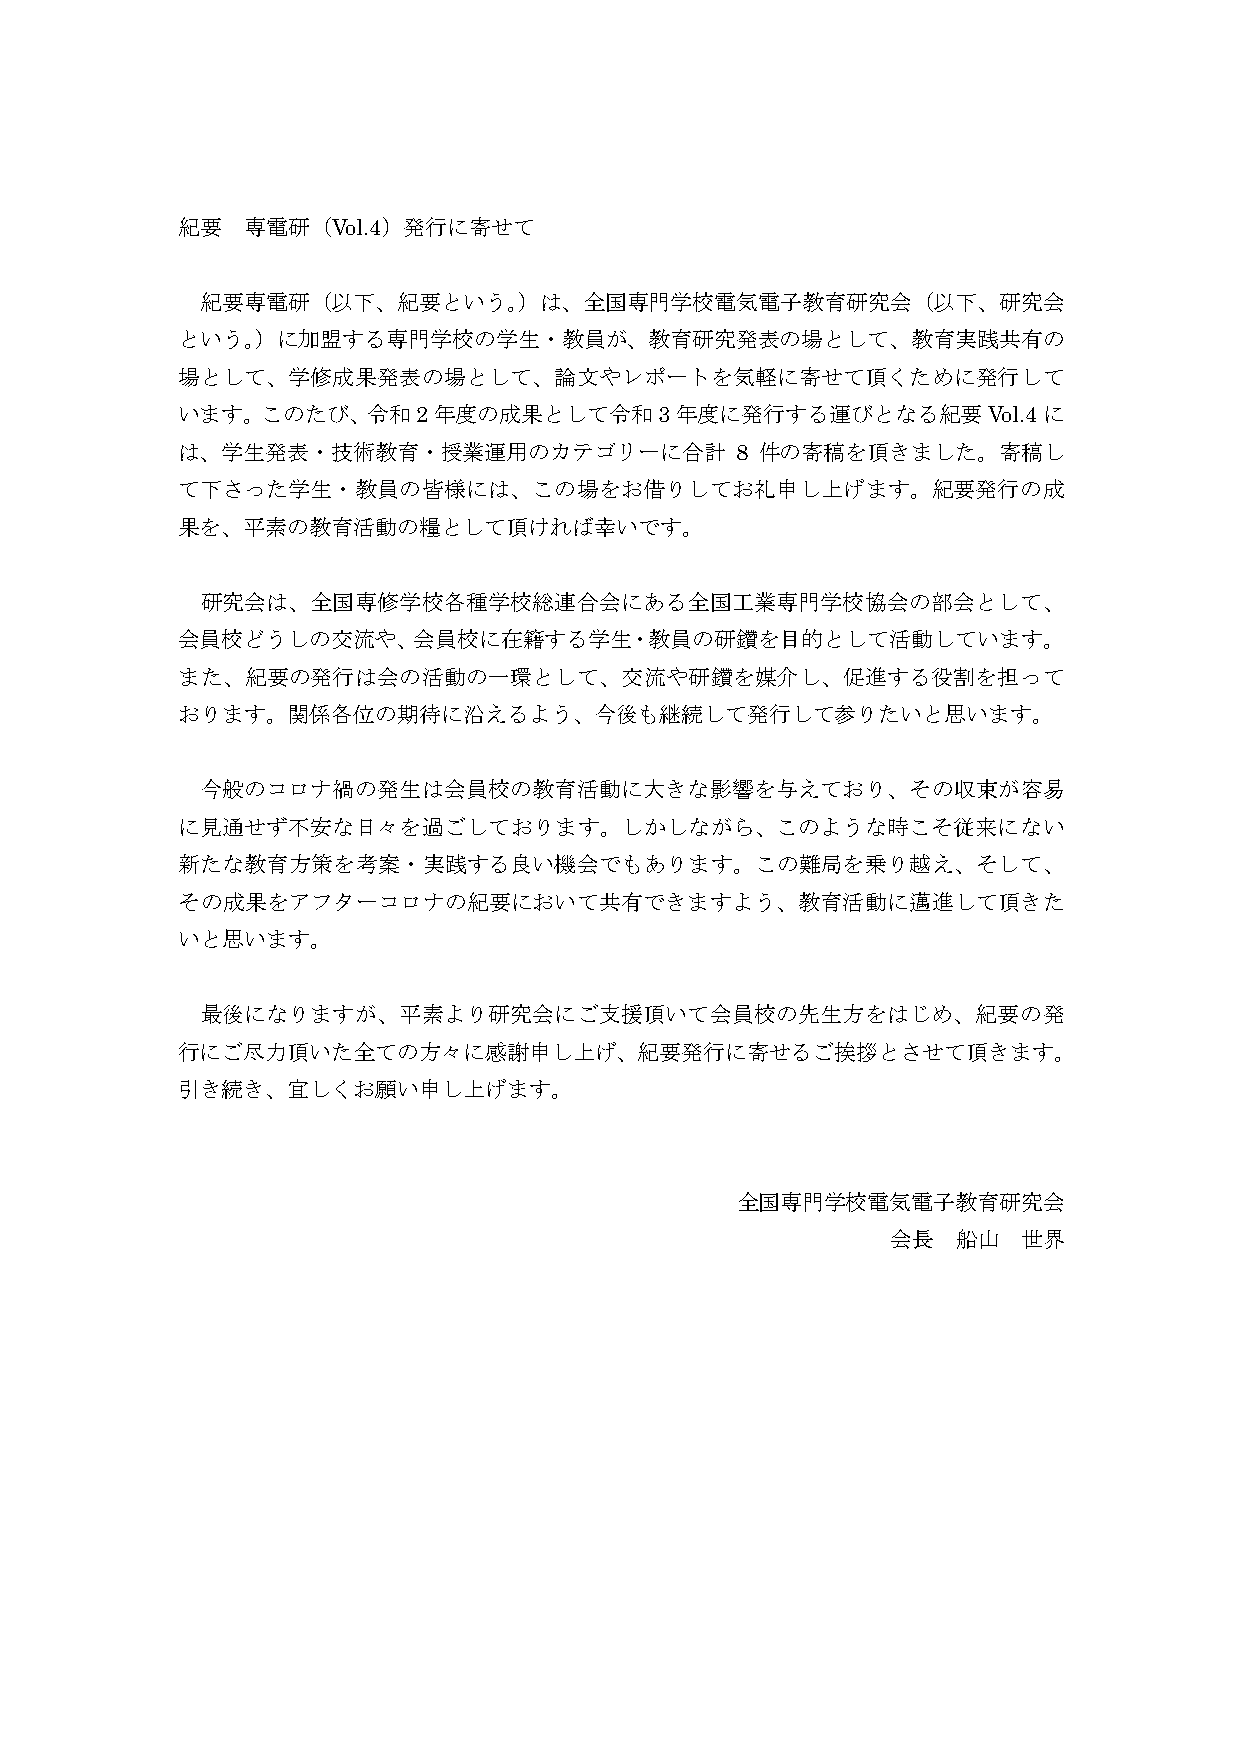
紀要  専電研（Vol.4）発行に寄せて
 紀要専電研（以下、紀要という。）は、全国専門学校電気電子教育研究会（以下、研究会
 という。）に加盟する専門学校の学生・教員が、教育研究発表の場として、教育実践共有の
 場として、学修成果発表の場として、論文やレポートを気軽に寄せて頂くために発行して
 います。このたび、令和2年度の成果として令和3年度に発行する運びとなる紀要Vol.4に
 は、学生発表・技術教育・授業運用のカテゴリーに合計            8 件の寄稿を頂きました。寄稿し
 て下さった学生・教員の皆様には、この場をお借りしてお礼申し上げます。紀要発行の成
 果を、平素の教育活動の糧として頂ければ幸いです。
 研究会は、全国専修学校各種学校総連合会にある全国工業専門学校協会の部会として、
 会員校どうしの交流や、会員校に在籍する学生・教員の研鑽を目的として活動しています。
 また、紀要の発行は会の活動の一環として、交流や研鑽を媒介し、促進する役割を担って
 おります。関係各位の期待に沿えるよう、今後も継続して発行して参りたいと思います。
 今般のコロナ禍の発生は会員校の教育活動に大きな影響を与えており、その収束が容易
 に見通せず不安な日々を過ごしております。しかしながら、このような時こそ従来にない
 新たな教育方策を考案・実践する良い機会でもあります。この難局を乗り越え、そして、
 その成果をアフターコロナの紀要において共有できますよう、教育活動に邁進して頂きた
 いと思います。
 最後になりますが、平素より研究会にご支援頂いて会員校の先生方をはじめ、紀要の発
 行にご尽力頂いた全ての方々に感謝申し上げ、紀要発行に寄せるご挨拶とさせて頂きます。
 引き続き、宜しくお願い申し上げます。
 全国専門学校電気電子教育研究会
 会長  船山   世界